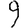
Digit: 9